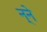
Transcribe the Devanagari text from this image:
न्ने